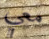
معي